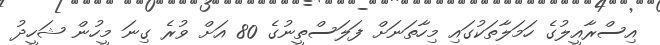
އިސްރާއީލުގެ ހަމަލާތަކުގައި މިހާތަނަށް ފަލަސްތީނުގެ 80 އަށް ވުރެ ގިނަ މީހުން ޝަހީދު